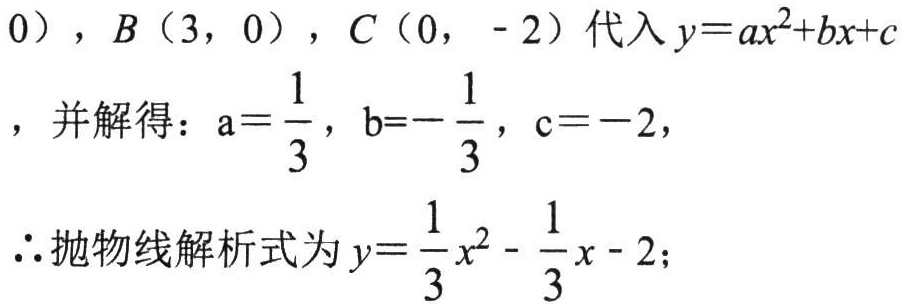
\(0），B（3，0），C（0， - 2）代入y = ax^{2}+bx + c\)，并解得：\(a = \frac{1}{3}\)，\(b = - \frac{1}{3}\)，\(c = - 2\)，
\(\therefore\)抛物线解析式为\(y = \frac{1}{3}x^{2} - \frac{1}{3}x - 2\)；